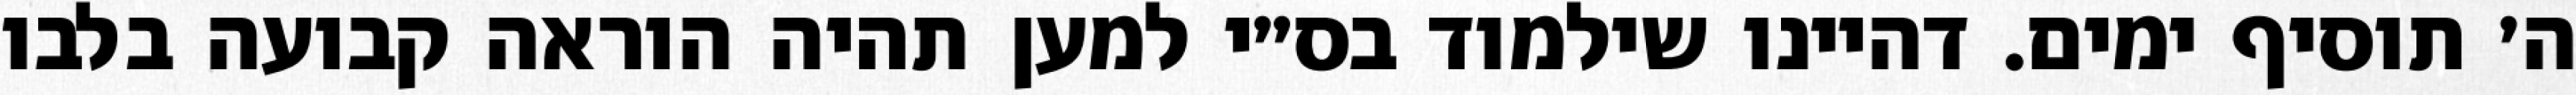
ה׳ תוסיף ימים. דהיינו שילמוד בס״י למען תהיה הוראה קבועה בלבו